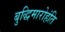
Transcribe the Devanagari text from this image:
बुद्धिमारोहंति